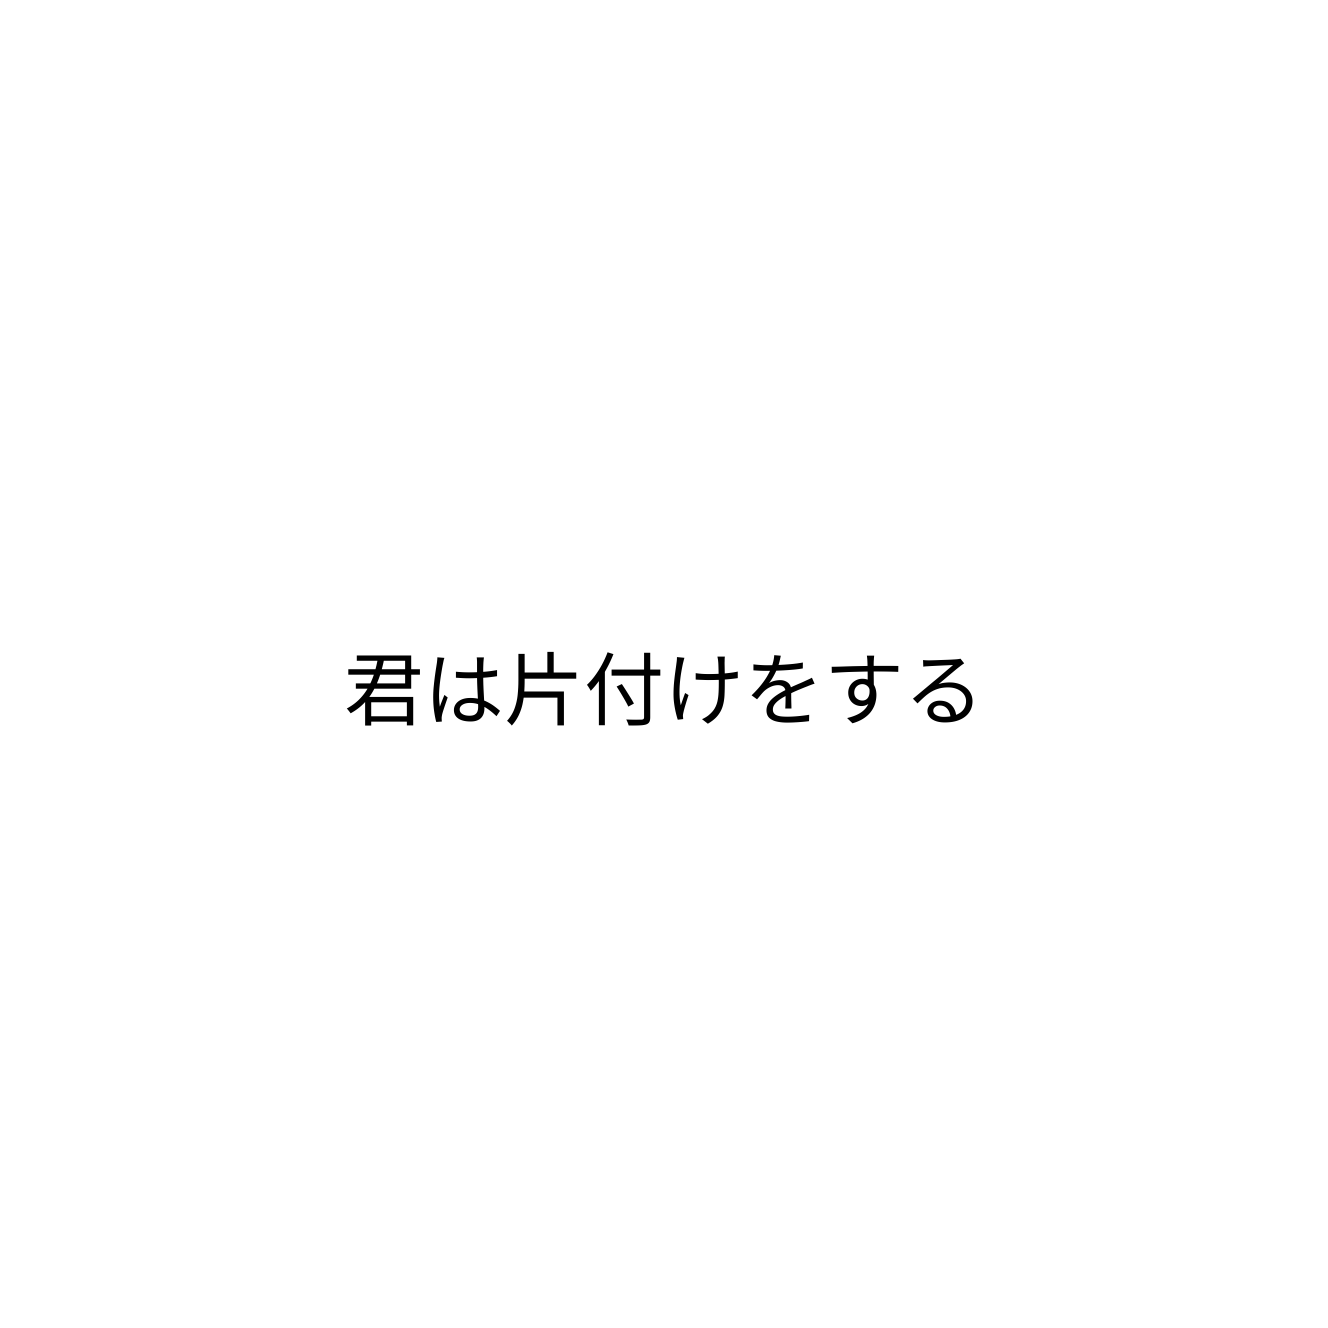
君は片付けをする